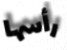
رأسها